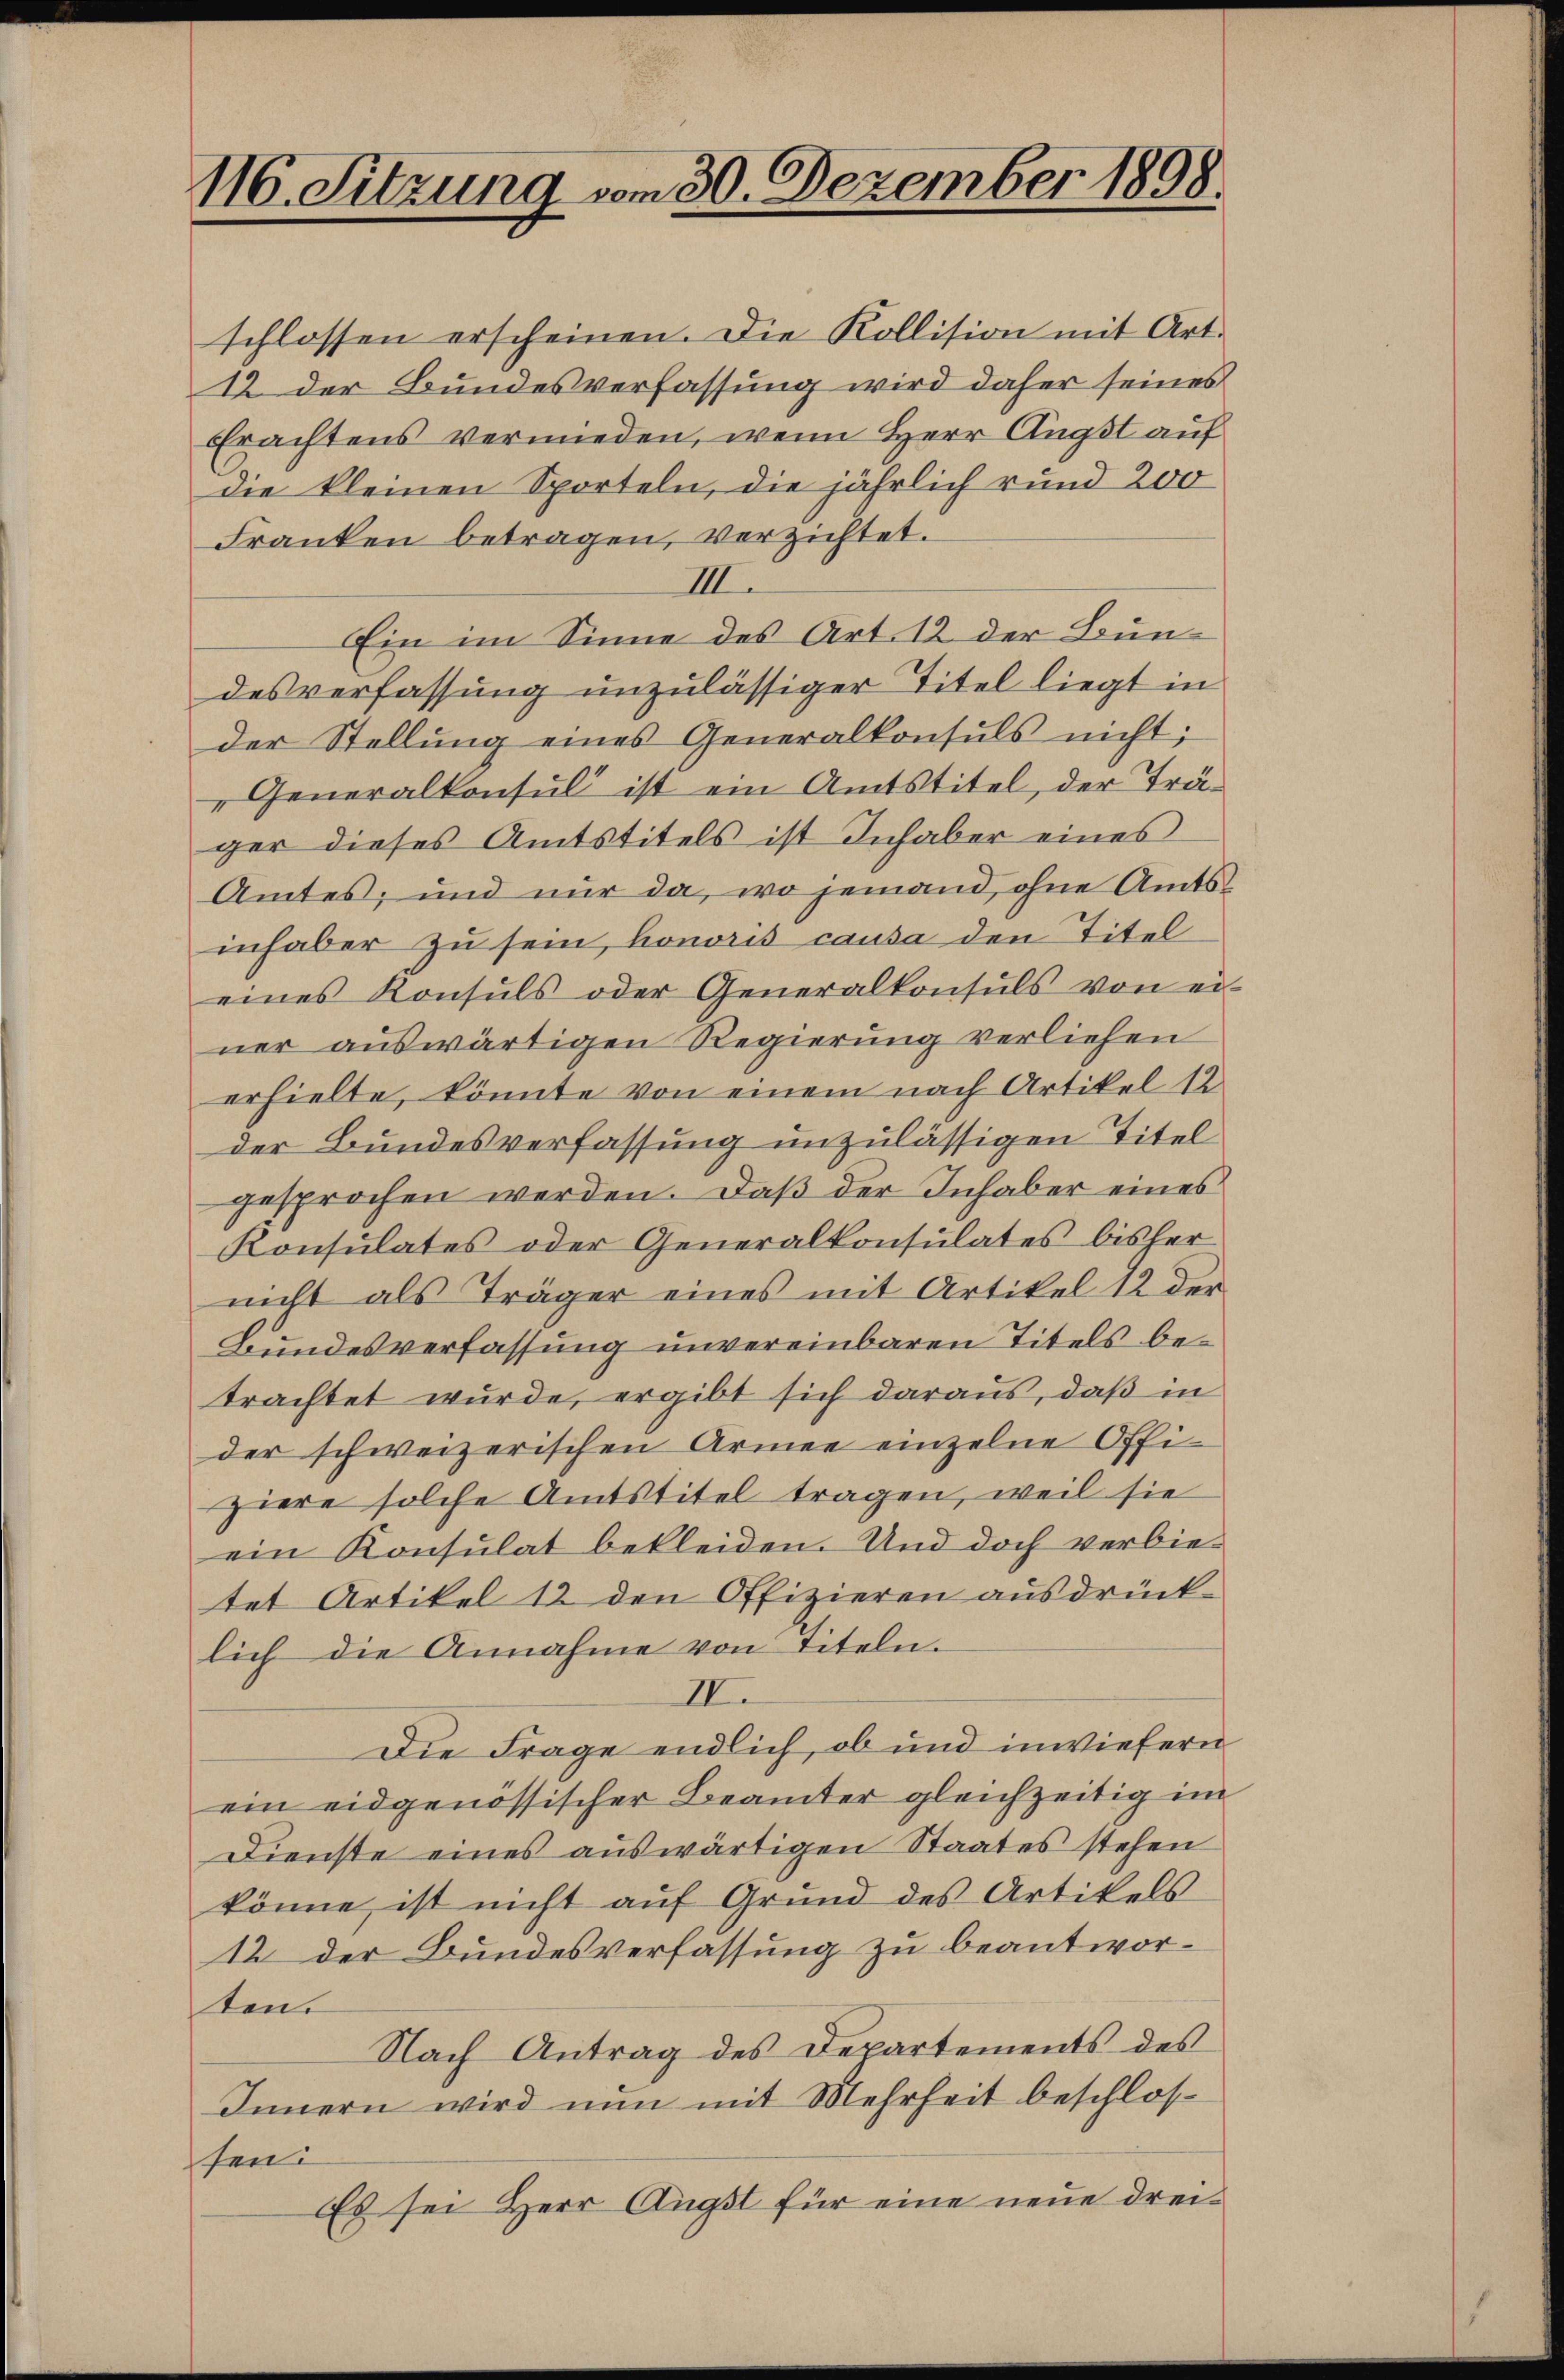
116. Sitzung vom 30. Dezember 1898.

schlossen erscheinen. Die Kollision mit Art.
12 der Bundesverfassung wird daher seines
Erachtens vermieden, wenn Herr Angst auf
die kleinen Sporteln, die jährlich rund 200
Franken betragen, verzichtet.
III.
Ein im Sinne des Art. 12 der Bundesverfassung unzulässiger Titel liegt in
der Stellŭng eines Generalkonsuls nicht;
"Generalkonsul ist ein Amtstitel, der Träger dieses Amtstitels ist Inhaber eines
Amtes; und nur da, wo jemand, ohne Amtsinhaber zu sein, honoris causa den Titel
eines Konsŭls oder Generalkonsuls von ei-
ner auswärtigen Regierung verliehen
erhielte, könnte von einem nach Artikel 12
der Bundesverfassung unzulässigen Titel
gesprochen werden. Daß der Inhaber eines
Konsulates oder Generalkonsulates bisher
nicht als Träger eines mit Artikel 12 der
Bundesverfassung unvereinbaren Titels betrachtet wurde, ergibt sich daraus, daß in
der schweizerischen Armee einzelne Offiziere solche Amtstitel tragen, weil sie
ein Konsulat bekleiden. Und doch verbietet Artikel 12 den Offizieren ausdrücklich die Annahme von Titeln.
II.
Die Frage endlich, ob und inwiefern
ein eidgenössischer Beamter gleichzeitig im
Dienste eines auswärtigen Staates stehen
könne, ist nicht auf Grund des Artikels
12 der Bundesverfassung zu beantworten.
Nach Antrag des Departements des
Innern wird nun mit Mehrheit beschlosfen:
Es sei Herr Angst für eine neue drei¬